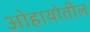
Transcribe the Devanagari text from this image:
ओहायोतील